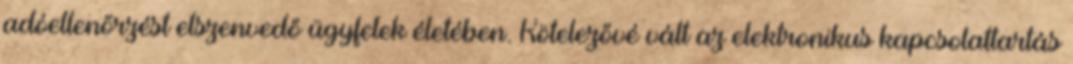
adóellenőrzést elszenvedő ügyfelek életében. Kötelezővé vált az elektronikus kapcsolattartás